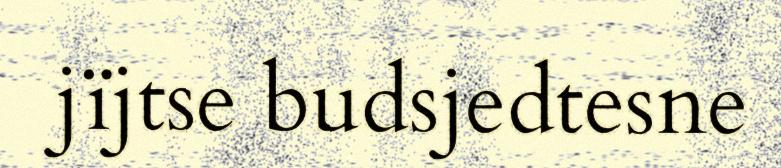
jïjtse budsjedtesne